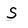
Character: S